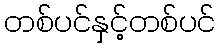
တစ်ပင်နှင့်တစ်ပင်